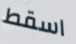
اسقط